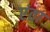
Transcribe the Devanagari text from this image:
एंता